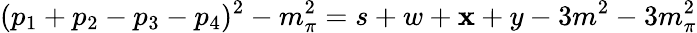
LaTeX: (p_{1}+p_{2}-p_{3}-p_{4})^{2}-m_{\pi}^{2}=s+w+\mathbf{x}+y-3m^{2}-3m_{\pi}^{2}